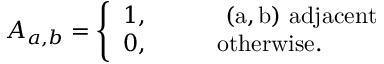
A _ { a , b } = \left\{ \begin{array} { l l } { { 1 , \qquad } } & { { \mathrm { ~ ( a , b ) ~ a d j a c e n t } } } \\ { { 0 , \qquad } } & { { \mathrm { o t h e r w i s e . } } } \end{array} \right.